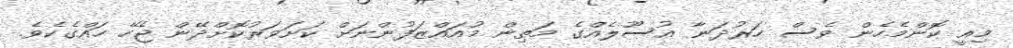
މިއީ ކޮންމެހެން ވެސް ހަރުދަނާ އުސޫލެއްގެ މަތިން މުއައްޒަފުންނަށް ކަށަވަރުކޮށްދޭން ޖެހޭ ހައްގެކެވެ.